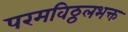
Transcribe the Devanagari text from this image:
परमविठ्ठलभक्त